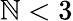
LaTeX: \mathbb{N}<3